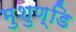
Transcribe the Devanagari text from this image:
भुशुण्डि